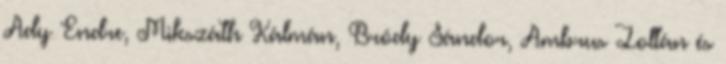
Ady Endre, Mikszáth Kálmán, Bródy Sándor, Ambrus Zoltán és